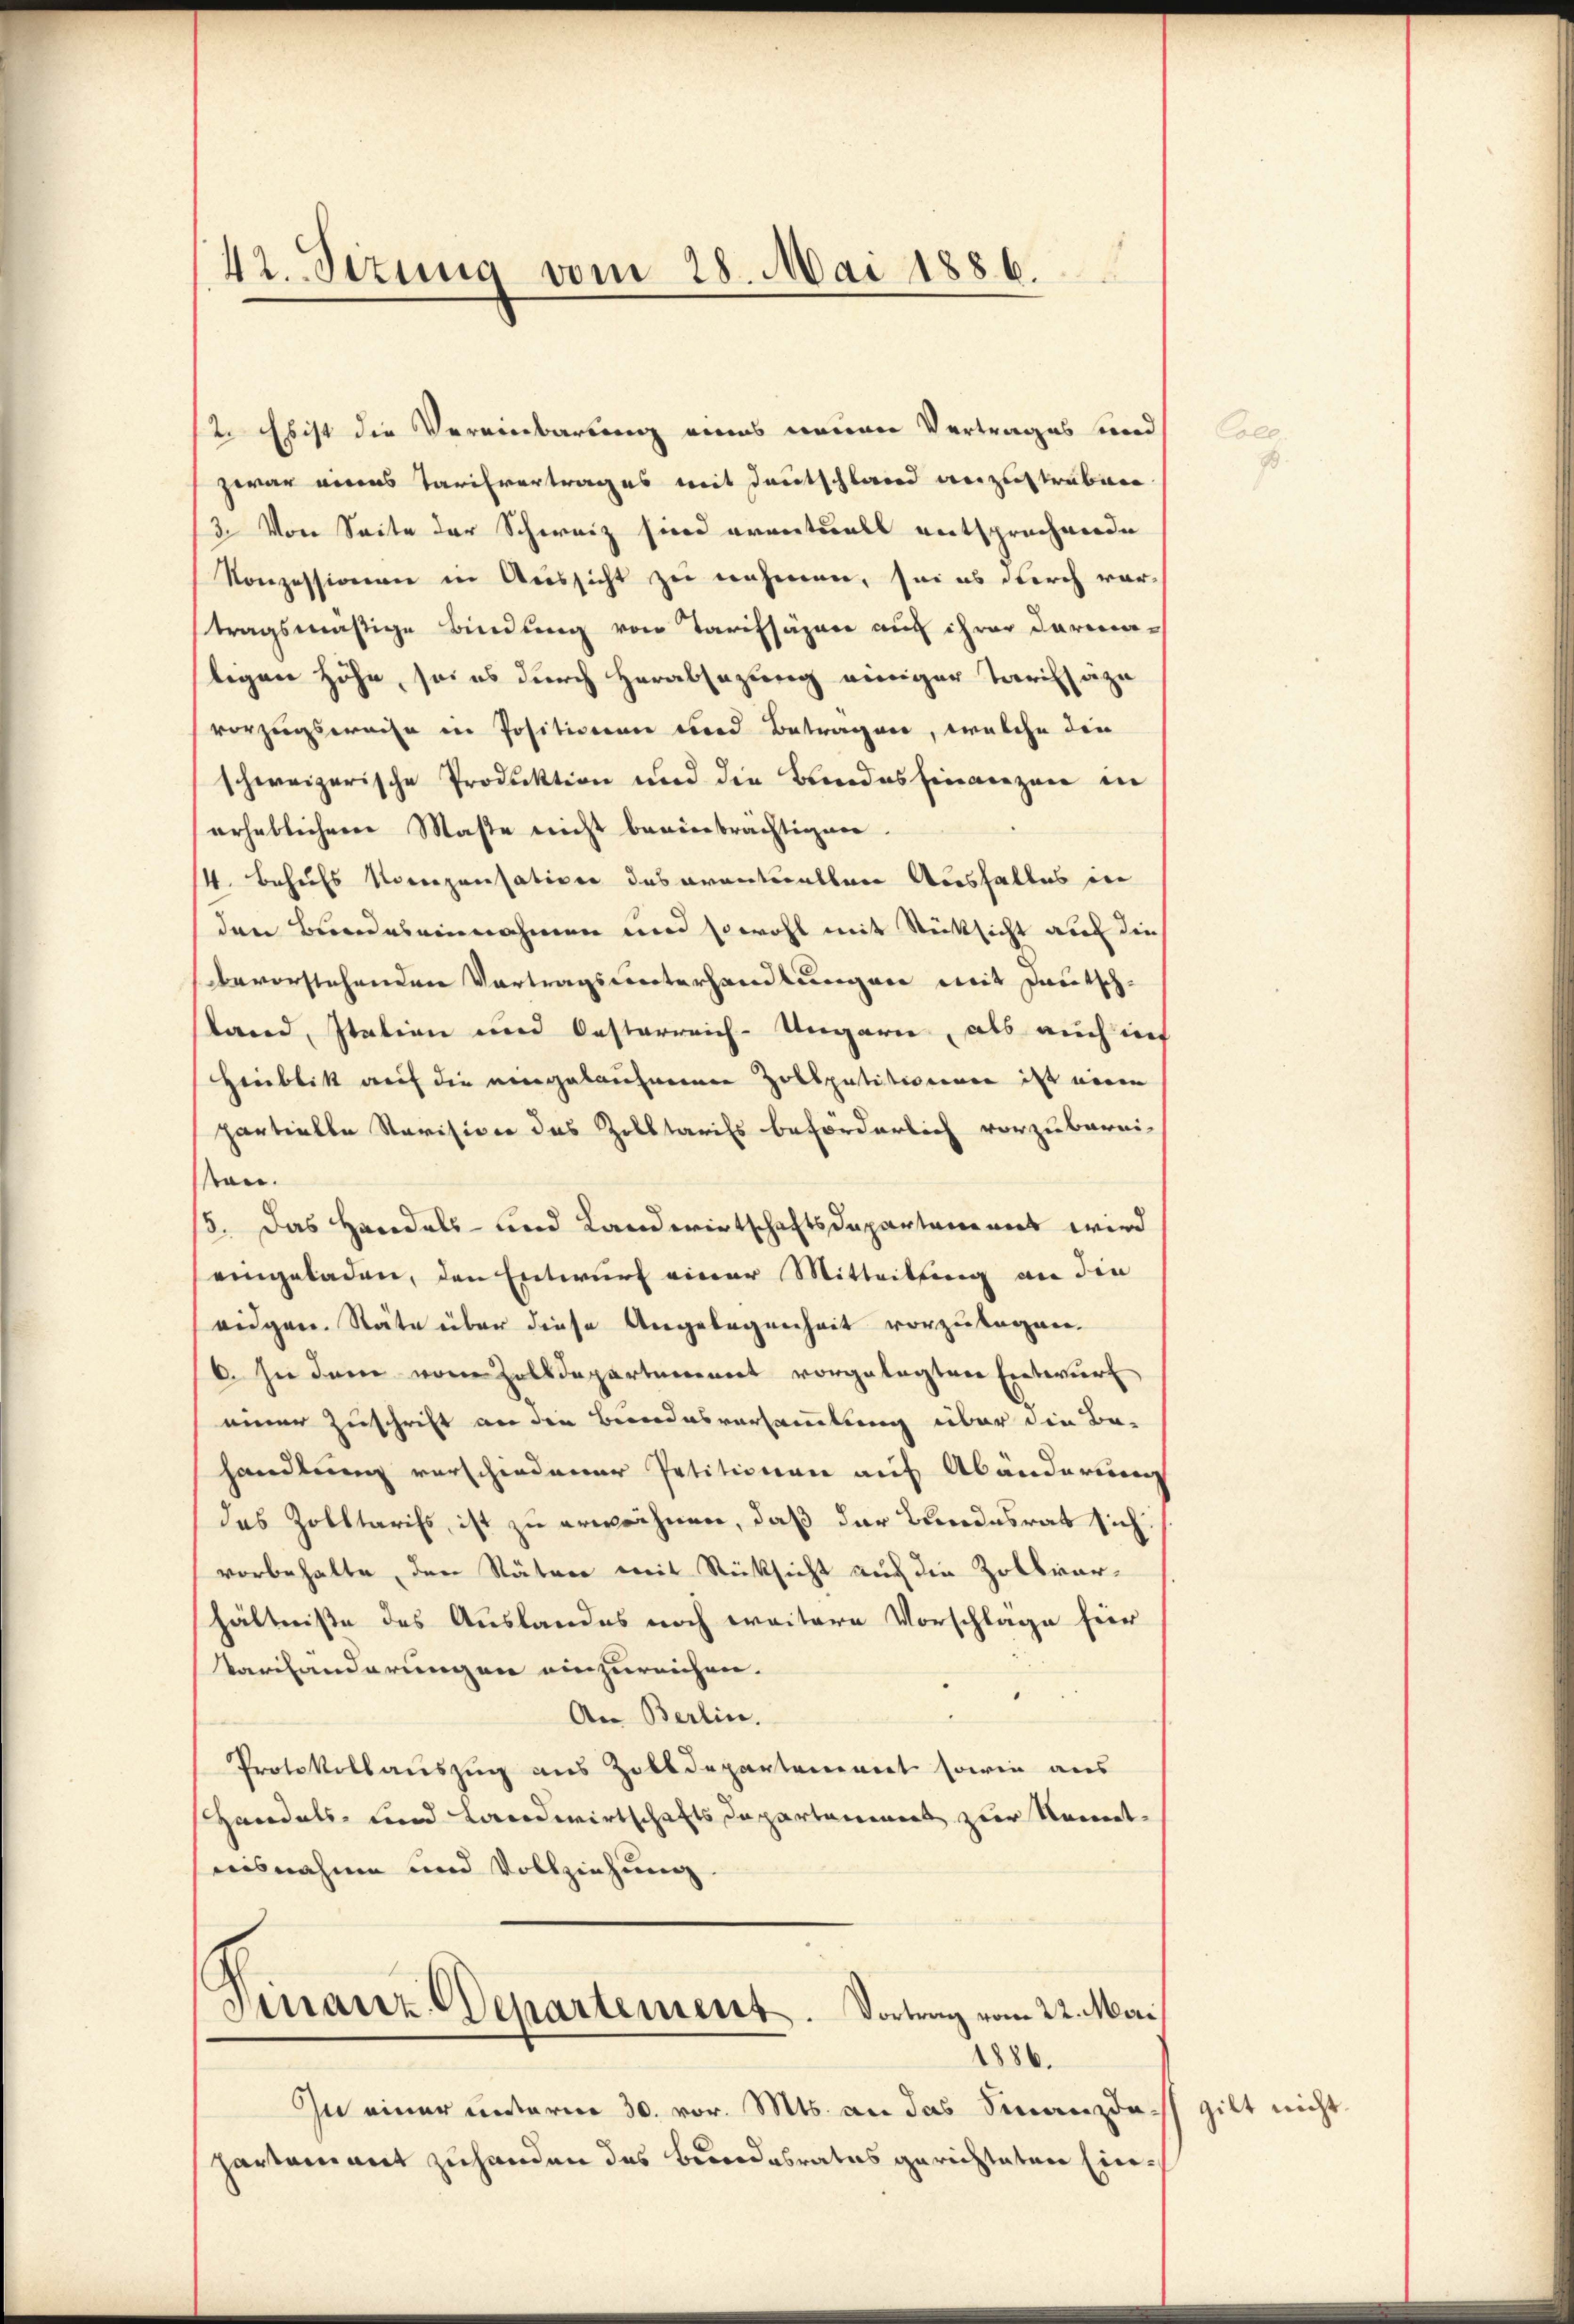
42. Sizung vom 28. Mai 1886.

2 bist die Vereinbarung eines neuen Vertrages und
zwar eines Tarifvertrages mit Deutschland anzustrubern
3. Von Seite der Schweiz sind arventuell entsprechende
Konzessionen in Aussicht zu nehmen, sei es durch war
tragsmäßige Bindung von Tarifsägen auf ihrer Darma-
tigen Höhe, sei es durch Herabsezung einiger Tarifsäge
vorzugsweise in Positionen und Betragen, welche die
schweizerische Produktion und die Bandes Finanzen in
erheblichere Maße nicht beeinbrächtigen
4. Behufs Vorrezensation des aventuellen Ausfalles in
den Bundes einnahmen und sowohl mit Rücksicht auf die
bevorstehenden Vortragsunterhandlungen mit Pautsch-
stand, Italien und Oesterreich-Ungarn, als auch neh
Heublik auf die eingekaufernen Zollpatitionenen ist neuen
partielle Revision das Zolltaris beförderlich vorzuberni-
san.
15. Das Handels- und Landwirtschaftsdepartement wird
eingeladen, den Entwurf einer Mitteilung an die
eidgen. Stäte über diese Angelegenheit vorzulagen.
6. In dem von Zolldepartement vorgelegten Entwurf
einer Zuschrift an die Bindesversammlung über die Be-
handlung verschiedener Petitionen auf Abänderung
das Zolltarifs, ist zu erwähnen, daß der Bundesrat sich:
vorbehalte, den Stätere mit Rücksicht auch die Zollvorhältniße des Auslandes noch weitere Vorschlage für
Varhanderungen einzureichen.
0
An Berlin.
Protokollauszug aus Zolldepartement sowie aus
Handels- und Landwirtschaftsdepartaminers zur Kenntnisnahme und Vollziehung.
Finanz-Departement. Vortrag vom 22. Mai
1886.
In einer unterm 30. vor. Mts. an das Finanzdach gilt nicht
hartement zuhanden des Bundesrates gerichteten Ein¬